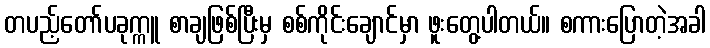
တပည့်တော်ပခုက္ကူ စာချဖြစ်ပြီးမှ စစ်ကိုင်းချောင်မှာ ဖူးတွေ့ပါတယ်။ စကားပြောတဲ့အခါ